Report on vaccination in Madras 1895-1903 - 1895-1903
Year: 1895
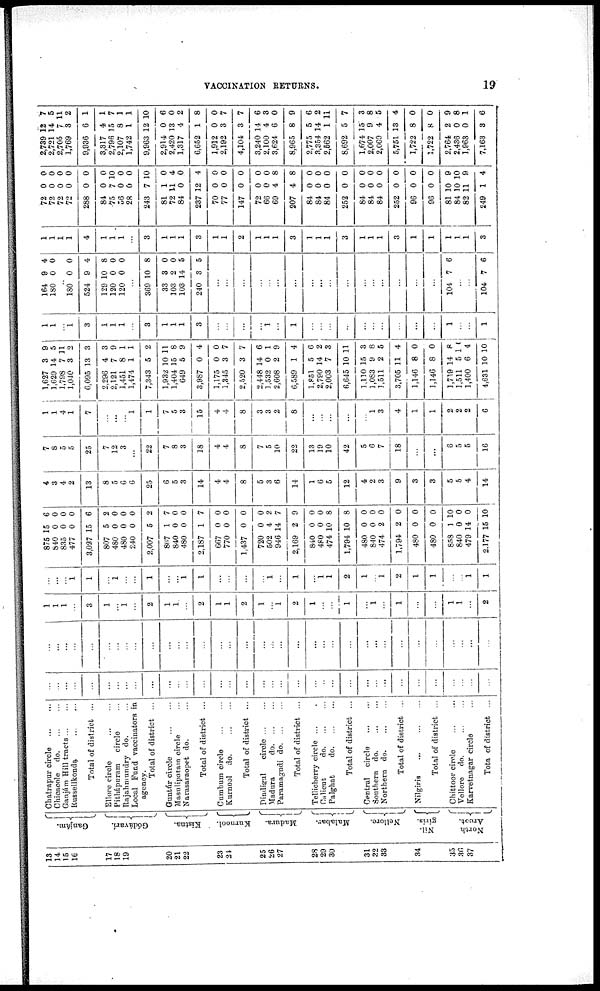
VACCINATION RETURNS.
19
13
14
15
16
17
18
19
20
21
22
23
24
25
26
27
28
29
30
31
32
33
34
35
36
37
Ganjám.
Gódávarí.
Kistna.
Kurnool.
Madura.
Malabar.
Nellore.
Nil¬
giris.
North
Arcot.
Chatrapur circle
...
...
Chicacole do. ... ...
Ganjám Hill tracts ... ...
Russellkonda
...
...
Total of district ...
Ellore circle ... ...
Pithápuram circle ...
Rajahmundry do. ...
Local Fund vaccinators in
agency.
Total of district ...
Guntúr circle
...
...
Masulipatam circle ...
Narasaraopet do. ...
Total of district ...
Cumbum circle
...
...
Kurnool do.
...
...
Total of district ...
Dindigul
circle ... ...
Madura
do. ... ...
Paramagudi do
...
...
Total of district ...
Tellicherry circle ...
Calicut
do. ... ...
Palghat
do
...
...
Total of district ...
Central circle
... ...
Southern
do. ... ...
Northern
do. ... ...
Total of district ...
Nilgiris
...
...
...
Total of district ...
Chittoor circle
...
...
Vellore do.
...
...
Karvetnagar circle ...
Tota of district ...
...
...
...
...
...
...
...
...
...
...
...
...
...
...
...
...
...
...
...
...
...
...
...
...
...
...
...
...
...
...
...
...
...
...
...
...
...
...
...
...
...
...
...
...
...
...
...
...
...
...
...
...
...
...
...
...
...
...
...
...
...
...
...
...
...
...
...
...
...
...
1
1
1
...
3
1
...
1
...
2
1
1
...
2
1
1
2
1
...
1
2
1
...
...
1
...
1
...
1
...
...
1
1
...
2
...
...
...
1
1
...
1
...
...
1
...
...
1
1
...
...
...
...
1
...
1
...
1
1
2
1
...
1
2
1
1
...
...
1
1
875
840
835
477
3,027
807
480
480
240
2,007
867
840
480
2,187
667
770
1,437
720
502
946
2,169
840
480
474
1,794
480
840
474
1,794
480
480
858
840
479
2,177
15
0
0
0
15
5
0
0
0
5
1
0
0
1
0
0
0
0
4
14
2
0
0
10
10
0
0
2
2
0
0
1
0
14
15
6
0
0
0
6
2
0
0
0
2
7
0
0
7
0
0
0
0
2
7
9
0
0
8
8
0
0
0
0
0
0
10
0
0
10
4
3
4
2
13
8
5
6
6
25
6
5
3
14
4
4
8
5
3
6
14
1
6
5
12
4
2
3
9
3
3
5
6
4
14
7
8
5
5
25
7
12
3
...
22
7
8
3
18
4
4
8
7
5
10
22
13
19
10
42
5
6
7
18
...
...
6
5
5
16
1
1
4
1
7
...
...
...
1
1
7
5
3
15
4
4
8
3
3
2
8
...
...
...
...
...
1
3
4
1
1
2
2
2
6
1,627
1,629
1,798
1,040
6,095
2,296
2,121
1,451
1,474
7,343
1,932
1,404
649
3,987
1,175
1,345
2,520
2,448
1,532
2,608
6,589
1,851
2,790
2,003
6,645
1,110
1,083
1,511
3,705
1,146
1,146
1,719
1,511
1,400
4,631
3
14
7
3
13
4
7
8
1
5
10
15
5
0
0
3
3
14
0
2
1
5
14
7
10
15
9
2
11
8
8
14
5
6
10
9
5
11
2
3
3
9
1
1
2
11
8
9
4
0
7
7
6
1
9
4
6
2
3
11
3
8
5
4
0
0
8
10
4
10
1
1
...
1
3
1
1
1
...
3
1
1
1
3
...
...
...
...
1
...
1
...
...
...
...
...
...
...
...
...
...
1
...
...
1
164
180
9
0
4
0
...
180
524
129
120
120
0
9
10
0
0
0
4
8
0
0
...
369
33
103
103
240
10
3
2
14
3
8
0
0
5
5
...
...
...
...
...
...
...
...
...
...
...
...
...
...
...
...
...
104 7 6
...
...
104 7 6
1
1
1
1
4
1
1
1
...
3
1
1
1
3
1
1
2
1
1
1
3
1
1
1
3
1
1
1
3
1
1
1
1
1
3
72
72
72
72
288
84
75
56
28
243
81
72
84
237
70
77
147
72
66
69
207
84
84
84
252
84
84
84
252
96
96
81
84
82
249
0
0
0
0
0
0
7
0
0
7
1
11
0
12
0
0
0
0
0
4
4
0
0
0
0
0
0
0
0
0
0
10
10
11
1
0
0
0
0
0
0
10
0
0
10
0
4
0
4
0
0
0
0
0
8
8
0
0
0
0
0
0
0
0
0
0
9
10
9
4
2,739
2,721
2,705
1,769
9,936
3,317
2,796
2,107
1,742
9,963
2,914
2,420
1,317
6,652
1,912
2,192
4,104
3,240
2,100
3,624
8,965
2,775
3,354
2,662
8,692
1,674
2,007
2,069
5,751
1,722
1,722
2,764
2,436
1,963
7,163
12
14
7
3
6
4
15
8
1
12
0
13
4
1
0
3
3
14
4
6
8
5
14
1
5
15
9
4
13
8
8
2
0
0
3
7
5
11
2
1
1
7
1
1
10
6
0
2
8
0
7
7
6
3
0
9
6
2
11
7
3
8
5
4
0
0
9
8
1
6